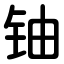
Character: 铀